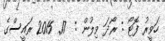
ހަވީރު ފޮޓޯ : ރޯދަ ވިލުން :  17